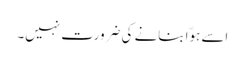
اسے ہوّا بنانے کی ضرورت نہیں۔